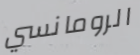
الرومانسي